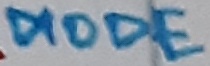
Text: DIODE